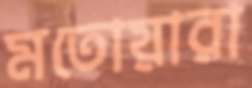
মতোয়ারা